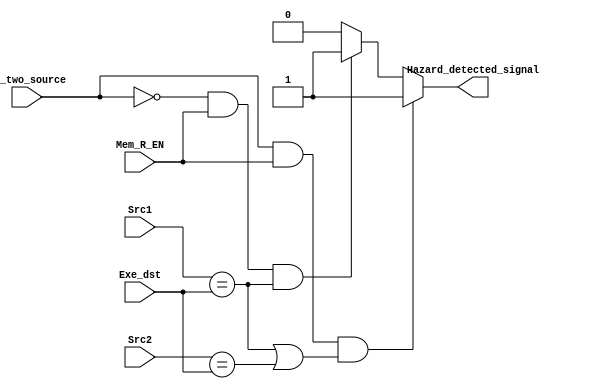
module HazardUnit_with_ForwardUnit (
                    input [4:0] Src1, Src2,
                    input [4:0] Exe_dst,
                    input is_two_source,
                    input Mem_R_EN,

                    output Hazard_detected_signal
                   );
    /*
    assign  Hazard_detected_signal = (is_two_source == 1'b1 && Exe_wb_en == 1'b1 && (Src1 == Exe_dst || Src2 == Exe_dst)) ? 1'b1 :
                                     (is_two_source == 1'b1 && Mem_wb_en == 1'b1 && (Src1 == Mem_dst || Src2 == Mem_dst)) ? 1'b1 :
                                     (is_two_source == 1'b0 && Exe_wb_en == 1'b1 && (Src1 == Exe_dst)) ? 1'b1 :
                                     (is_two_source == 1'b0 && Mem_wb_en == 1'b1 && (Src1 == Mem_dst)) ? 1'b1 :
                                     1'b0;
    
    */
    assign  Hazard_detected_signal =  (is_two_source == 1'b1 && Mem_R_EN == 1'b1 && (Src1 == Exe_dst || Src2 == Exe_dst)) ? 1'b1 :
                                      (is_two_source == 1'b0 && Mem_R_EN == 1'b1 && Src1 == Exe_dst) ? 1'b1 :
                                      1'b0;

endmodule // Hazard_Unit